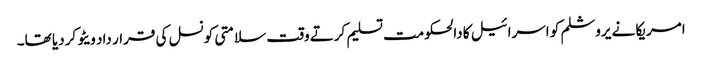
امریکا نے یروشلم کو اسرائیل کا دالحکومت تسلیم کرتے وقت سلامتی کونسل کی قرار داد ویٹو کردیا تھا۔